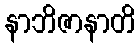
နာဘိဇာနာတိ